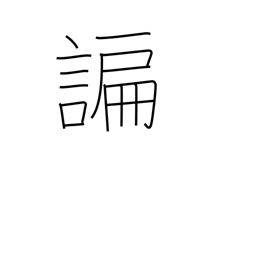
Meaning: flattering